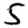
Digit: 5